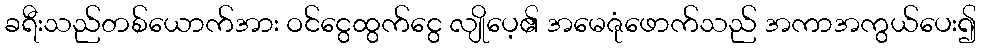
ခရီးသည်တစ်ယောက်အား ဝင်ငွေထွက်ငွေ လျိုပေ့၏ အမေဇုံဖောက်သည် အကာအကွယ်ပေး၍